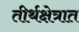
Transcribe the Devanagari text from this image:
तीर्थक्षेत्रात